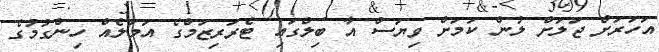
އަހަރަށް ޖަލަށް ލުން ކަމަށް ވިޔަސް އާ ބިލްގައި ޓެރަރިޒަމްގެ އަމަލެއް ހިންގުމުގެ